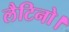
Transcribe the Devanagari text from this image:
लैटिनो।